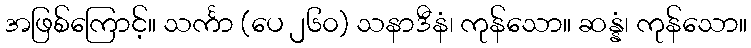
အဖြစ်ကြောင့်။ သင်္ကာ (ပေ ၂၆၀) သနာဒီနံ၊ ကုန်သော။ ဆန္နံ၊ ကုန်သော။